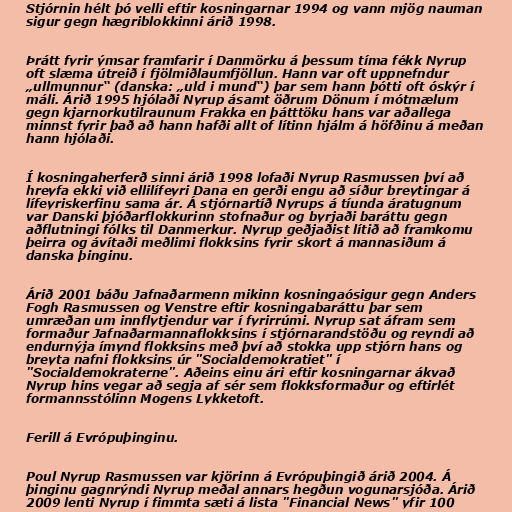
Stjórnin hélt þó velli eftir kosningarnar 1994 og vann mjög nauman
sigur gegn hægriblokkinni árið 1998.

Þrátt fyrir ýmsar framfarir í Danmörku á þessum tíma fékk Nyrup
oft slæma útreið í fjölmiðlaumfjöllun. Hann var oft uppnefndur
„ullmunnur“ (danska: „uld i mund“) þar sem hann þótti oft óskýr í
máli. Árið 1995 hjólaði Nyrup ásamt öðrum Dönum í mótmælum
gegn kjarnorkutilraunum Frakka en þátttöku hans var aðallega
minnst fyrir það að hann hafði allt of lítinn hjálm á höfðinu á meðan
hann hjólaði.

Í kosningaherferð sinni árið 1998 lofaði Nyrup Rasmussen því að
hreyfa ekki við ellilífeyri Dana en gerði engu að síður breytingar á
lífeyriskerfinu sama ár. Á stjórnartíð Nyrups á tíunda áratugnum
var Danski þjóðarflokkurinn stofnaður og byrjaði baráttu gegn
aðflutningi fólks til Danmerkur. Nyrup geðjaðist lítið að framkomu
þeirra og ávítaði meðlimi flokksins fyrir skort á mannasiðum á
danska þinginu.

Árið 2001 báðu Jafnaðarmenn mikinn kosningaósigur gegn Anders
Fogh Rasmussen og Venstre eftir kosningabaráttu þar sem
umræðan um innflytjendur var í fyrirrúmi. Nyrup sat áfram sem
formaður Jafnaðarmannaflokksins í stjórnarandstöðu og reyndi að
endurnýja ímynd flokksins með því að stokka upp stjórn hans og
breyta nafni flokksins úr "Socialdemokratiet" í
"Socialdemokraterne". Aðeins einu ári eftir kosningarnar ákvað
Nyrup hins vegar að segja af sér sem flokksformaður og eftirlét
formannsstólinn Mogens Lykketoft.

Ferill á Evrópuþinginu.

Poul Nyrup Rasmussen var kjörinn á Evrópuþingið árið 2004. Á
þinginu gagnrýndi Nyrup meðal annars hegðun vogunarsjóða. Árið
2009 lenti Nyrup í fimmta sæti á lista "Financial News" yfir 100